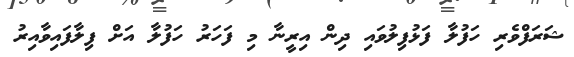
ޝަރަފްވެރި ހަފުލާ ފަޅުފިލުވައި ދިން އިރީނާ މި ފަހަރު ހަފުލާ އަށް ފިލާފައިވާއިރު